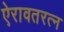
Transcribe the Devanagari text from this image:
ऐरावतरत्न